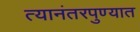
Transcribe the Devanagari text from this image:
त्यानंतरपुण्यात